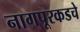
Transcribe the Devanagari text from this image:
नागपूरकडचे